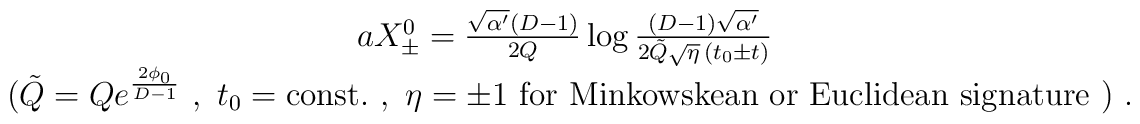
\begin{array}{c}  a X^{0}_{\pm} = \frac{\sqrt{\alpha'} (D-1)}{2 Q} \log \frac{ (D-1)  \sqrt{\alpha'}} {2 \tilde{Q} \sqrt{\eta} \, ( t_0 \pm t )} \\ \ \hfill (\tilde{Q} = Q e^{\frac{2 \phi_0}{D-1}}\ , \ t_0 = \mbox{const.}\ ,\    \eta = \pm 1\ \mbox{for\ Minkowskean\ or\ Euclidean\ signature}\ ) \ . \end{array}